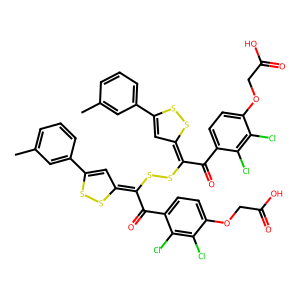
SMILES: Cc1cccc(C2=CC(=C(SSC(C(=O)c3ccc(OCC(=O)O)c(Cl)c3Cl)=C3C=C(c4cccc(C)c4)SS3)C(=O)c3ccc(OCC(=O)O)c(Cl)c3Cl)SS2)c1
Inhibits HIV replication: No